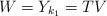
LaTeX: \begin{align*}W=Y_{k_1}=TV\end{align*}